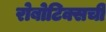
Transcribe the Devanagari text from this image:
रोबोटिक्सची